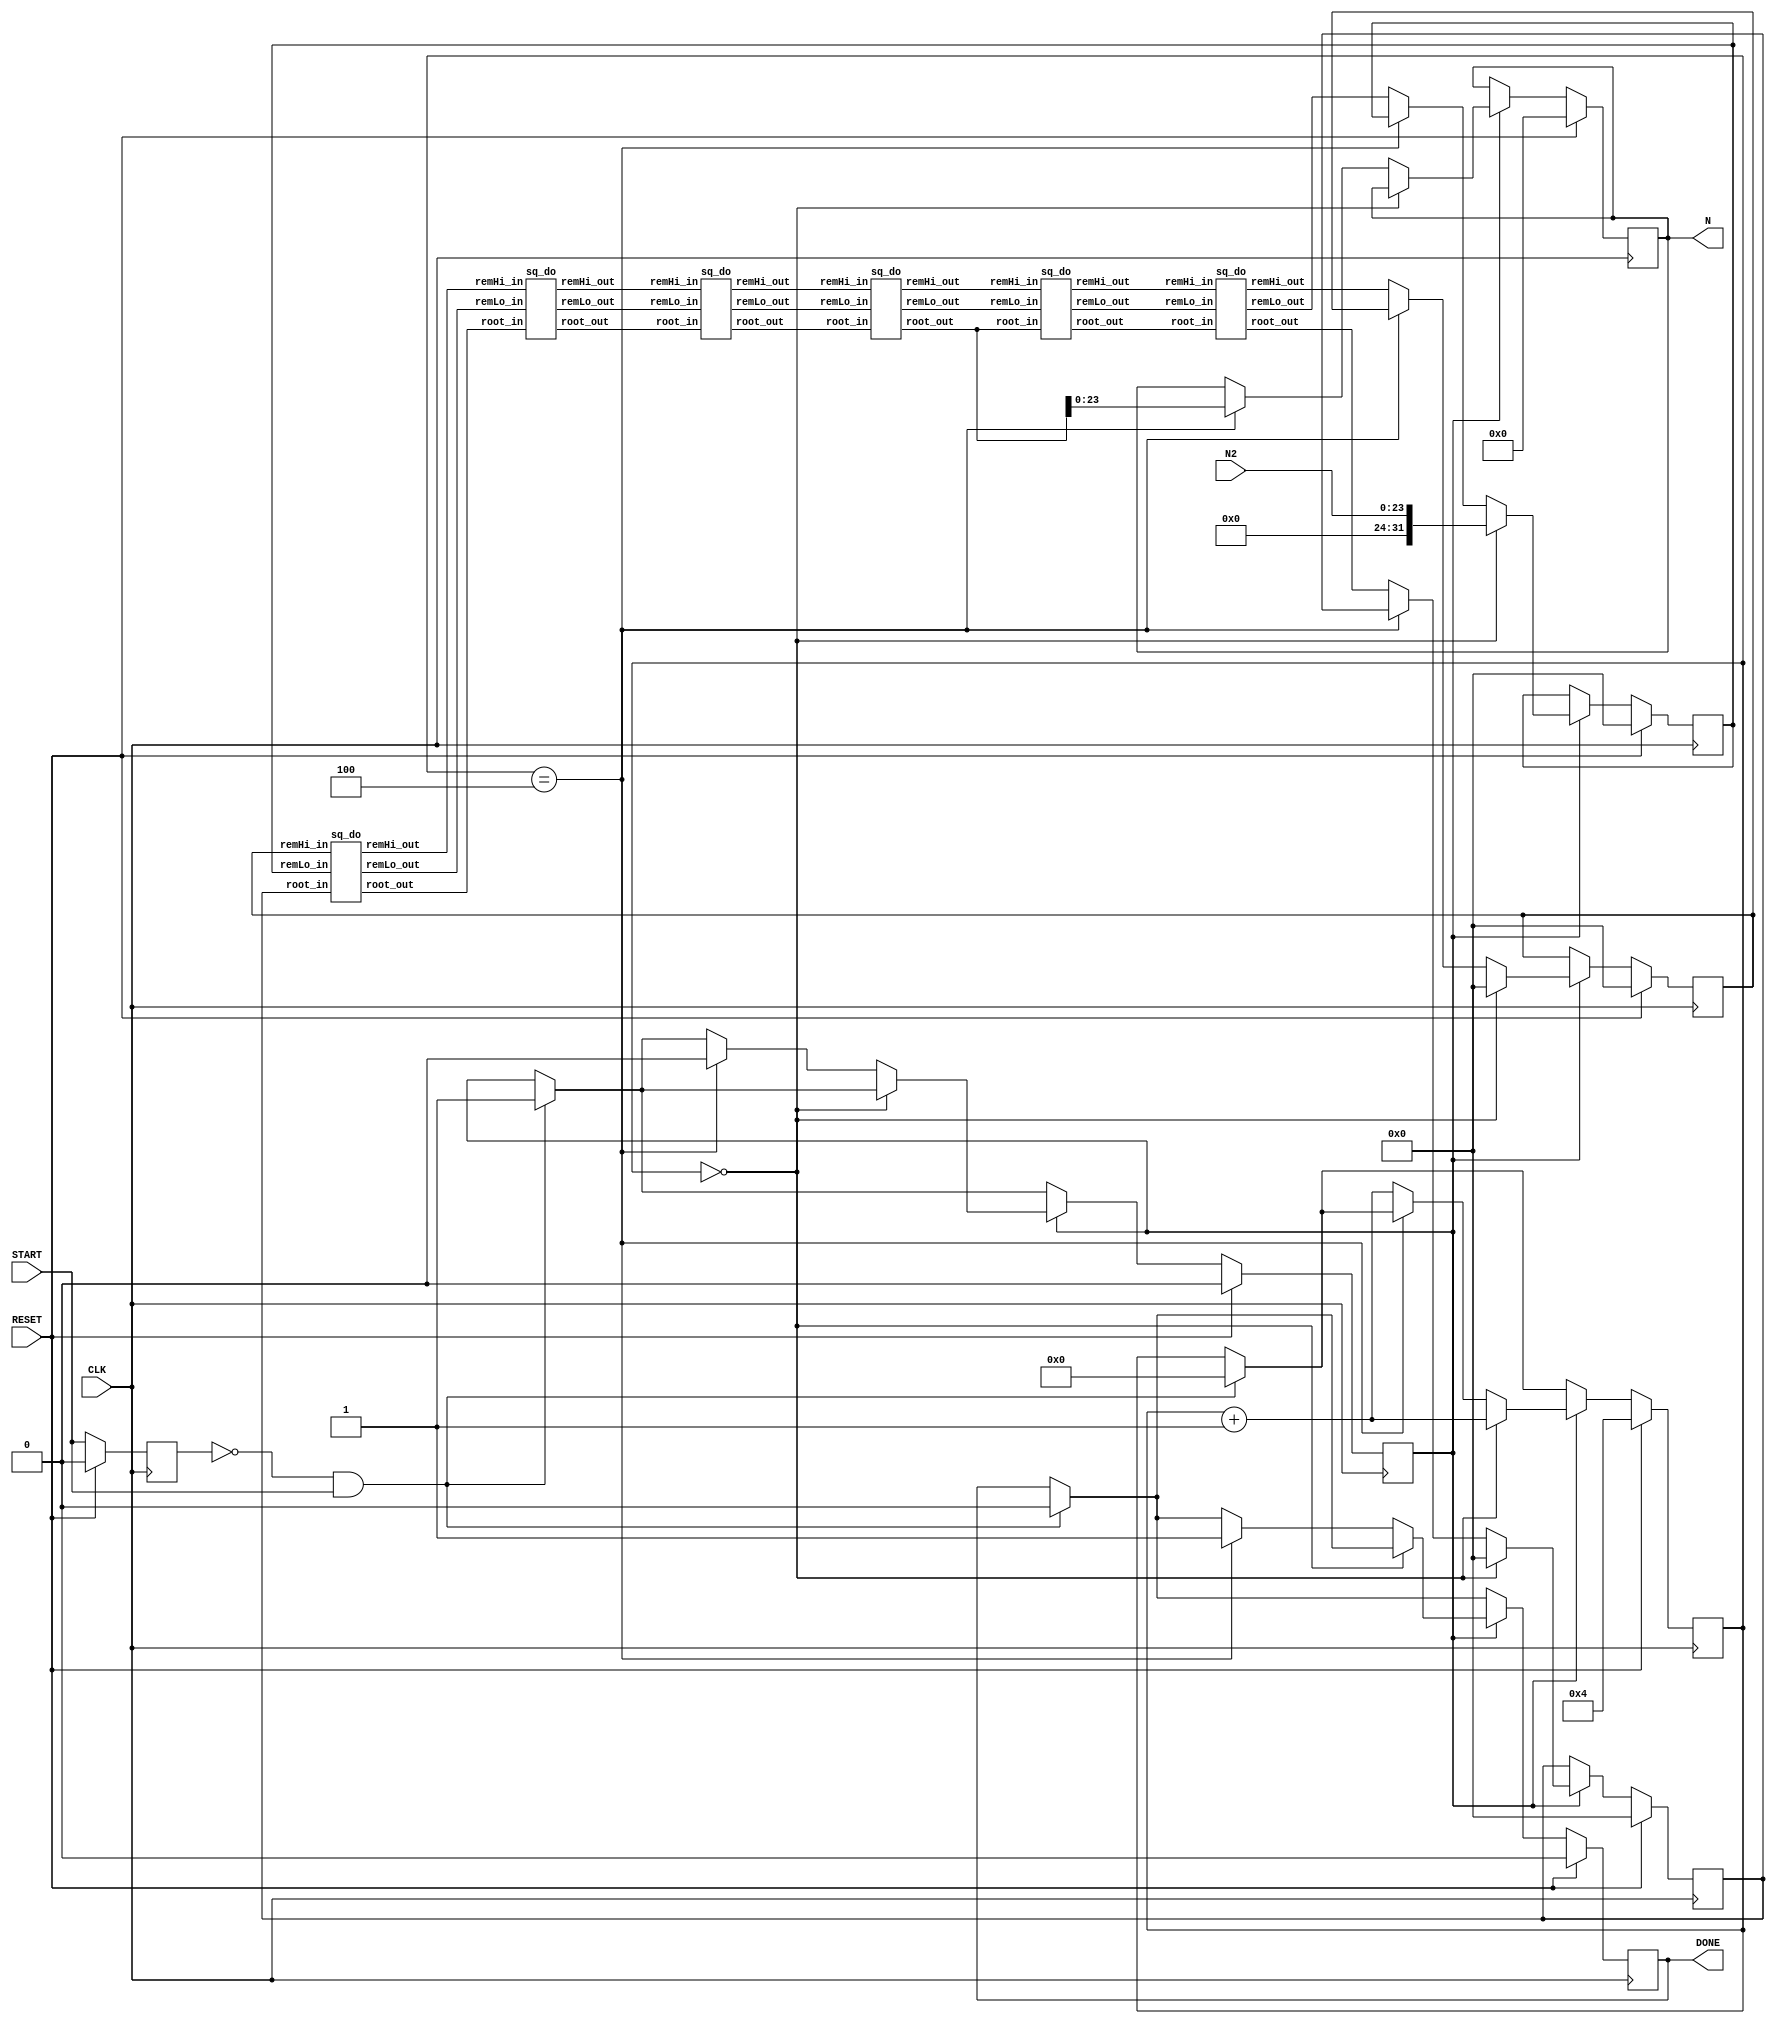
module sqrt_fixedpoint_pipelined(N2,N,CLK,DONE,START,RESET);

//typedef long TFract; /* 2 integer bits, 30 fractional bits */
//TFract
//FFracSqrt(TFract x)
//{
//register unsigned long root, remHi, remLo, testDiv, count;
//root = 0; /* Clear root */
//remHi = 0; /* Clear high part of partial remainder */
//remLo = x; /* Get argument into low part of partial remainder */
//count = 21; /* Load loop counter */
//do {
//remHi = (remHi<<2) | (remLo>>30); remLo <<= 2; /* get 2 bits of arg */
//root <<= 1; /* Get ready for the next bit in the root */
//testDiv = (root << 1) + 1; /* Test radical */
//if (remHi >= testDiv) {
//remHi -= testDiv;
//root++;
//}
//} while (count-- != 0);
//return(root);
//}

input [23:0] N2;
output reg [23:0] N;
input CLK;
output reg DONE;
input START;
input RESET;

reg [4:0] count;
reg [31:0] HI,LI,RI;
wire [31:0] HO,LO,RO;
reg Prev_start,go;
wire [31:0] t1,t2,t3,t4,t5,t6,t7,t8,t9,t10,t11,t12,t13,t14,t15,t16,t17,t18,t19,t20,t21;

sq_do A(HI,LI,RI,HO,LO,RO);
sq_do B(HO,LO,RO,t1,t2,t3);
sq_do C(t1,t2,t3,t4,t5,t6);
sq_do D(t4,t5,t6,t7,t8,t9);
sq_do E(t7,t8,t9,t10,t11,t12);
sq_do F(t10,t11,t12,t13,t14,t15);
//sq_do G(t13,t14,t15,t16,t17,t18);
//sq_do H(t16,t17,t18,t19,t20,t21);



always @(posedge CLK)begin
if(Prev_start == 0 && START)begin
	Prev_start <= START;
	go <= 1;
	DONE <= 0;
	count <= 0;
end
else begin
	Prev_start <= START;
end

if(RESET)begin
	count <= 4;
	DONE  <= 0;
	HI <= 0;
	LI <= 0;
	RI <= 0;
	N  <= 0;
	go <= 0;
	Prev_start <= 0;
end
else if(go) begin
	if(count == 0)begin
		HI <= 0; LI <= {8'b0,N2}; RI <= 0;
		count <= count + 1;
	end
	else if(count == 4) begin
		DONE <= 1;
		N <= t9[23:0];
		go <= 0;
	end
	else begin
		HI <= t13;
		LI <= t14;
		RI <= t15;
		count <= count + 1;
	end
end
end

endmodule

module sq_do(remHi_in,remLo_in,root_in,remHi_out,remLo_out,root_out);
input [31:0] remHi_in,remLo_in,root_in;
output [31:0] remHi_out,remLo_out,root_out;
wire [31:0] root_t,remHi_t,testDiv;

assign root_t = root_in << 1;
assign testDiv = (root_t << 1) + 1;
assign remHi_t = (remHi_in<<2) | (remLo_in>>30);

assign remLo_out = remLo_in << 2;
assign remHi_out = (remHi_t >= testDiv)? remHi_t - testDiv : remHi_t ;
assign root_out = (remHi_t >= testDiv)? root_t + 1 : root_t ;

endmodule

/*

input [23:0] N2;
output reg [23:0] N;
input CLK;
output reg DONE;
input START;
input RESET;

reg [4:0] count;
reg [31:0] HI,LI,RI;
wire [31:0] HO,LO,RO;
reg Prev_start,go;
wire [31:0] t1,t2,t3,t4,t5,t6,t7,t8,t9;

sq_do A(HI,LI,RI,t1,t2,t3);
sq_do B(t1,t2,t3,HO,LO,RO);
sq_do C(HO,LO,RO,t4,t5,t6);
sq_do D(t4,t5,t6,t7,t8,t9);


always @(posedge CLK)begin
if(Prev_start == 0 && START)begin
	Prev_start <= START;
	go <= 1;
	DONE <= 0;
	count <= 0;
end
else begin
	Prev_start <= START;
end

if(RESET)begin
	count <= 6;
	DONE  <= 0;
	HI <= 0;
	LI <= 0;
	RI <= 0;
	N  <= 0;
	go <= 0;
	Prev_start <= 0;
end
else if(go) begin
	if(count == 0)begin
		HI <= 0; LI <= {8'b0,N2}; RI <= 0;
		count <= count + 1;
	end
	else if(count == 6) begin
		DONE <= 1;
		N <= RO;
		go <= 0;
	end
	else begin
		HI <= t7;
		LI <= t8;
		RI <= t9;
		count <= count + 1;
	end
end
end

endmodule

module sq_do(remHi_in,remLo_in,root_in,remHi_out,remLo_out,root_out);
input [31:0] remHi_in,remLo_in,root_in;
output [31:0] remHi_out,remLo_out,root_out;
wire [31:0] root_t,remHi_t,testDiv;

assign root_t = root_in << 1;
assign testDiv = (root_t << 1) + 1;
assign remHi_t = (remHi_in<<2) | (remLo_in>>30);

assign remLo_out = remLo_in << 2;
assign remHi_out = (remHi_t >= testDiv)? remHi_t - testDiv : remHi_t ;
assign root_out = (remHi_t >= testDiv)? root_t + 1 : root_t ;

endmodule
*/